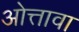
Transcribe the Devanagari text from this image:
ओत्तावा